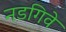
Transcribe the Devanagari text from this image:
नडगिवे